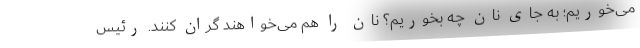
می‌خوریم؛ به جای نان چه بخوریم؟ نان را هم می‌خواهند گران کنند. رئیس